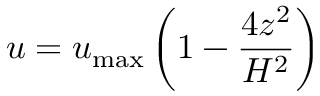
u = u _ { \mathrm { m a x } } \left( 1 - \frac { 4 z ^ { 2 } } { H ^ { 2 } } \right)